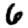
Digit: 6